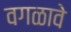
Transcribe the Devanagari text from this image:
वगळावे